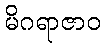
မိဂရာဇာဝ